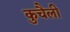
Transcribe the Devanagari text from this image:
कुचैली